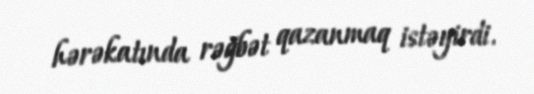
hərəkatında rəğbət qazanmaq istəyirdi.